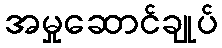
အမှုဆောင်ချုပ်